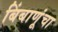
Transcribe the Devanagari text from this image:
बिंबाणूंचा